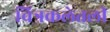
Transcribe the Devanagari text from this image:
चित्रकलेतली